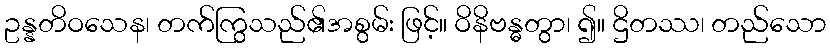
ဥန္နတိဝသေန၊ တက်ကြွသည်၏အစွမ်း ဖြင့်။ ဝိနိဗန္ဓတွာ၊ ၍။ ဌိတဿ၊ တည်သော